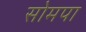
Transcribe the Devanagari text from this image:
सोमपा